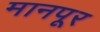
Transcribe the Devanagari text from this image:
मानपूर